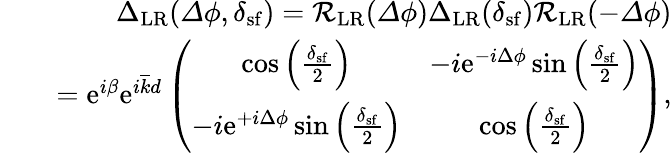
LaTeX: \begin{array}{rlr}&{}&{{\Delta}_{\mathrm{LR}}({\mathit\Delta\phi},\delta_{\mathrm{sf}})=\mathcal{R}_{\mathrm{LR}}({\mathit\Delta\phi}){\Delta}_{\mathrm{LR}}(\delta_{\mathrm{sf}})\mathcal{R}_{\mathrm{LR}}(-{\mathit\Delta\phi})}\\ &{}&{=\mathrm{e}^{i\beta}\mathrm{e}^{i\overline{{k}}d}\left(\begin{array}{cc}{\cos\left(\frac{\delta_{\mathrm{sf}}}{2}\right)}&{-i\mathrm{e}^{-i\Delta\phi}\sin\left(\frac{\delta_{\mathrm{sf}}}{2}\right)}\\ {-i\mathrm{e}^{+i\Delta\phi}\sin\left(\frac{\delta_{\mathrm{sf}}}{2}\right)}&{\cos\left(\frac{\delta_{\mathrm{sf}}}{2}\right)}\end{array}\right),}\end{array}